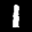
Label: 1